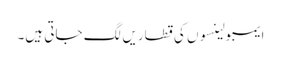
ایمبولینسوں کی قطاریں لگ جاتی ہیں۔